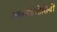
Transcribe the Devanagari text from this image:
आरबीओसियों